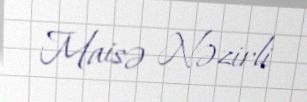
Maisə Nəzirli